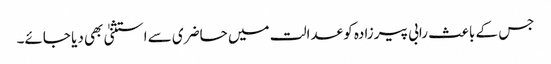
جس کے باعث رابی پیرزادہ کو عدالت میں حاضری سے استثنیٰ بھی دیا جائے۔